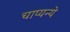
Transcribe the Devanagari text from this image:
चाप्यन्ये